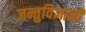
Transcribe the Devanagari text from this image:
जन्तुविज्ञानी